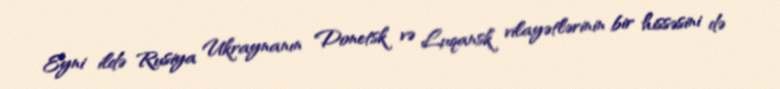
Eyni ildə Rusiya Ukraynanın Donetsk və Luqansk vilayətlərinin bir hissəsini də